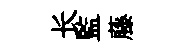
长監藤